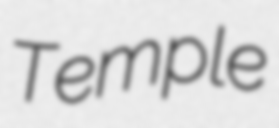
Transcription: Temple